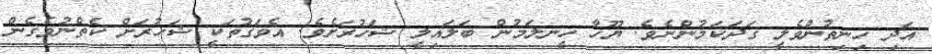
އަދި ހިނިތުންވެލީ ގަދަކަމުންނެވެ. ޔޫހާ ހީނލަމުން ބަލައިލީ ޝަހުރަށެވެ. އެވަގުތަކީ ޝަހުރަށް ކެތްނުވެގެން